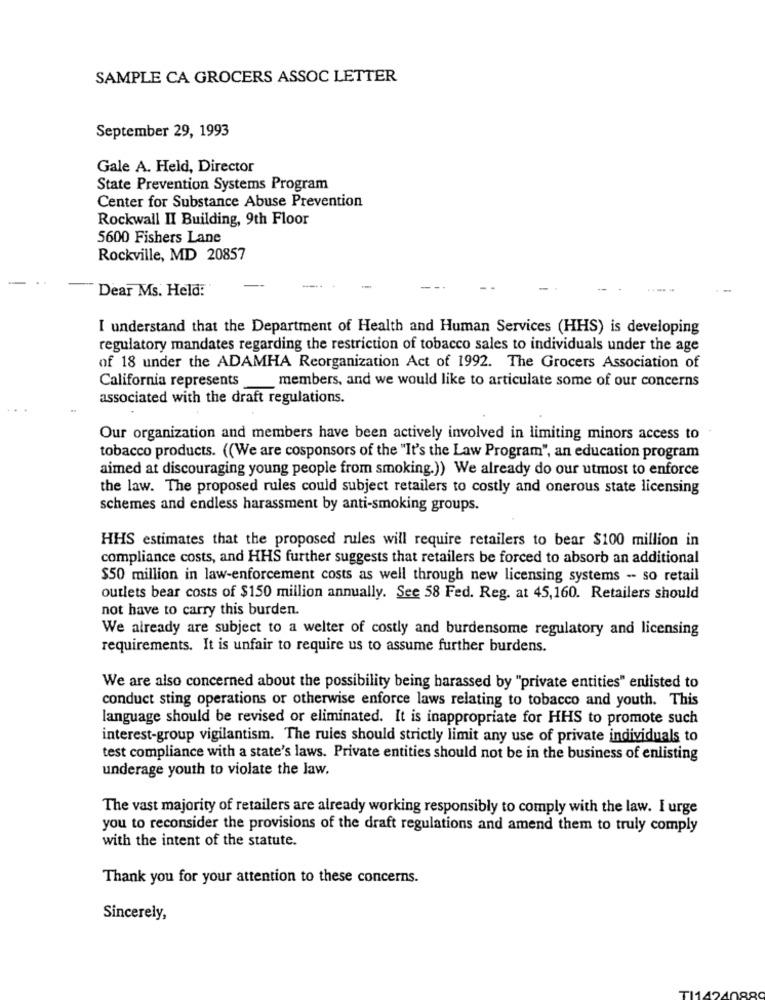
SAMPLE CA GROCERS ASSOC LETTER
September 29, 1993
Gale A. Held, Director
State Prevention Systems Program
Center for Substance Abuse Prevention
Rockwall II Building, 9th Floor
5600 Fishers Lane
Rockville, MD 20857
Dear Ms. Held:
I understand that the Department of Health and Human Services (HHS) is developing
regulatory mandates regarding the restriction of tobacco sales to individuals under the age
of 18 under the ADAMHA Reorganization Act of 1992. The Grocers Association of
California represents
members, and we would like to articulate some of our concerns
associated with the draft regulations.
Our organization and members have been actively involved in limiting minors access to
tobacco products. ((We are cosponsors of the "It's the Law Program", an education program
aimed at discouraging young people from smoking.)) We already do our utmost to enforce
the law. The proposed rules could subject retailers to costly and onerous state licensing
schemes and endless harassment by anti-smoking groups.
HHS estimates that the proposed rules will require retailers to bear $100 million in
compliance costs, and HHS further suggests that retailers be forced to absorb an additional
$50 million in law-enforcement costs as well through new licensing systems - so retail
outlets bear costs of $150 million annually. See 58 Fed. Reg. at 45,160. Retailers should
not have to carry this burden.
We already are subject to a welter of costly and burdensome regulatory and licensing
requirements. It is unfair to require us to assume further burdens.
We are also concerned about the possibility being harassed by "private entities" enlisted to
conduct sting operations or otherwise enforce laws relating to tobacco and youth. This
language should be revised or eliminated. It is inappropriate for HHS to promote such
interest-group vigilantism. The rules should strictly limit any use of private individuals to
test compliance with a state's laws. Private entities should not be in the business of enlisting
underage youth to violate the law.
The vast majority of retailers are already working responsibly to comply with the law. I urge
you to reconsider the provisions of the draft regulations and amend them to truly comply
with the intent of the statute.
Thank you for your attention to these concerns.
Sincerely,
TI1424